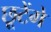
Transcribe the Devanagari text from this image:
छूटेंगे